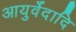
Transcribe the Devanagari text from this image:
आयुर्वेदादि